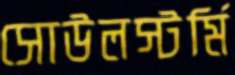
সোউলস্টর্মি